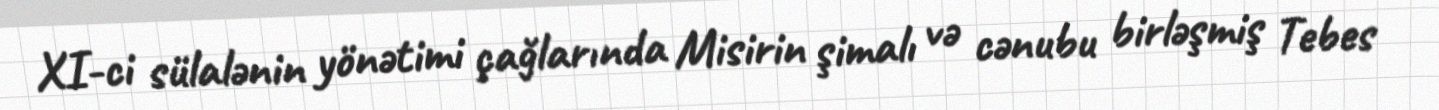
XI-ci sülalənin yönətimi çağlarında Misirin şimalı və cənubu birləşmiş Tebes